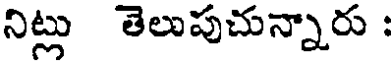
నిట్లు తెలుపుచున్నారు :